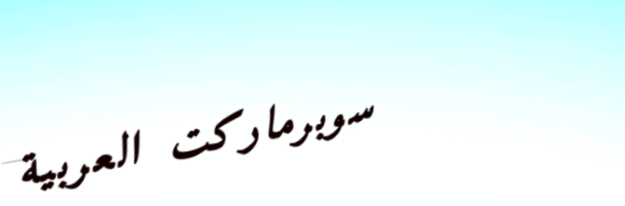
سوبرماركت العربية